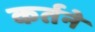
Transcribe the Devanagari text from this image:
कर्तने